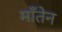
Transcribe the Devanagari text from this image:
माँतेन